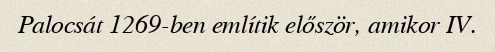
Palocsát 1269-ben említik először, amikor IV.